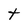
Character: t